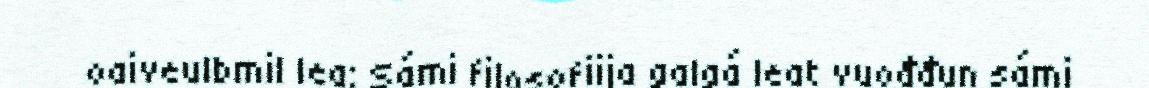
oaiveulbmil lea: Sámi filosofiija galgá leat vuođđun sámi